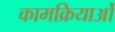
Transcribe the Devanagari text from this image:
कामक्रियाओं